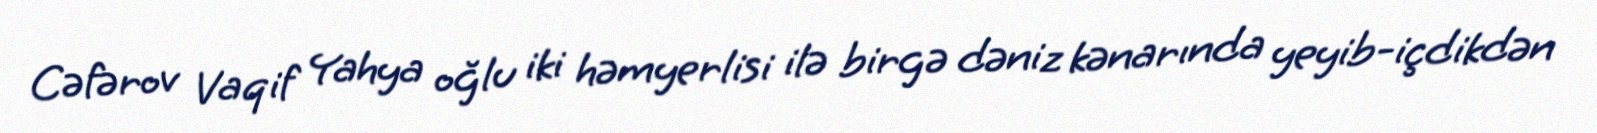
Cəfərov Vaqif Yahya oğlu iki həmyerlisi ilə birgə dəniz kənarında yeyib-içdikdən